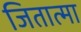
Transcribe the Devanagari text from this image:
जितात्मा